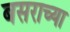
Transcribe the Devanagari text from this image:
बसराच्या